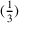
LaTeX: \begin{array} { l } { ( { \frac { 1 } { 3 } } ) } \end{array}